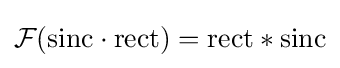
{\mathcal {F}}(\mathrm {sinc} \cdot \mathrm {rect} )=\mathrm {rect} *\mathrm {sinc}